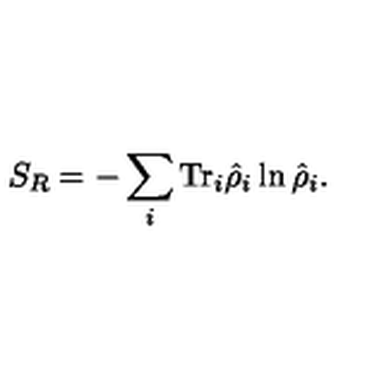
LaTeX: S _ { R } = - \sum _ { i } \mathrm { T r } _ { i } \hat { \rho } _ { i } \ln \hat { \rho } _ { i } .